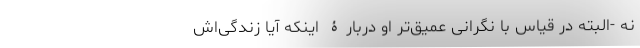
نه -البته در قیاس با نگرانی عمیق‌ترِ او دربارۀ اینکه آیا زندگی‌اش